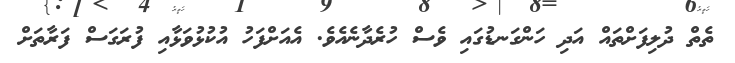
ތެތް ދުލިފަށްތައް އަދި ހަންގަނޑުގައި ވެސް ހުރެދާނެއެވެ. އެއަށްފަހު އުކުޅުވަޅާއި ފުރަގަސް ފަރާތަށް